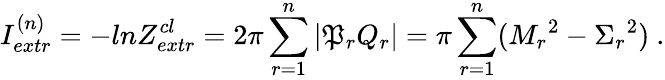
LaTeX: I_{extr}^{(n)}=-lnZ_{extr}^{cl}=2\pi\sum_{r=1}^{n}|\mathfrak{P}_{r}Q_{r}|=\pi\sum_{r=1}^{n}({M_{r}}^{2}-{\Sigma_{r}}^{2})\ .